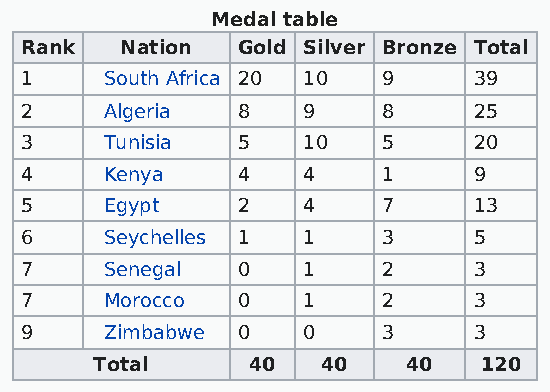
Medal table
 Rank   Nation  Gold Silver Bronze Total
 1     South Africa 20 10 9    39
 2     Algeria  8   9    8     25
 3     Tunisia  5   10   5     20
 4     Kenya    4   4    1     9
 5     Egypt    2   4    7     13
 6     Seychelles 1 1    3     5
 7     Senegal  0   1    2     3
 7     Morocco  0   1    2     3
 9     Zimbabwe 0   0    3     3
 Total     40   40    40   120